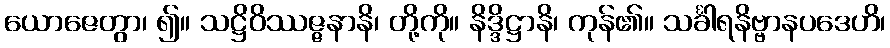
ယောဇေတွာ၊ ၍။ သဋ္ဌိဝိဿဇ္ဇနာနိ၊ တို့ကို။ နိဒ္ဒိဋ္ဌာနိ၊ ကုန်၏။ သင်္ခါရနိဗ္ဗာနပဒေဟိ၊